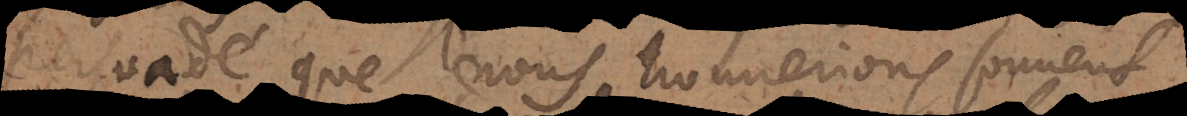
persuadé que nous trouverions souven